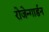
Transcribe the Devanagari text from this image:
रोजेन्गार्डन